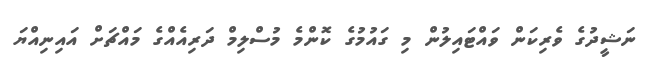
ނަޝީދުގެ ވެރިކަން ވައްޓައިލުން މި ގައުމުގެ ކޮންމެ މުސްލިމް ދަރިއެއްގެ މައްޗަށް އައިނިއްޔަ